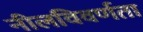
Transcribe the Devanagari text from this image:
नीलविवर्णता